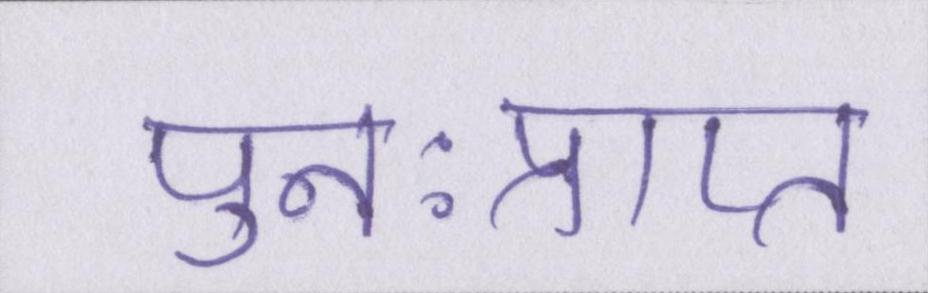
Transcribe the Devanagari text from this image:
पुनःप्राप्त